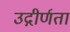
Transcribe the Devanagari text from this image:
उद्गीर्णता